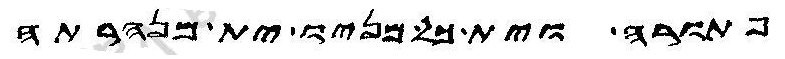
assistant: פתורה וית כל מניו ית מנהרתה